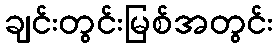
ချင်းတွင်းမြစ်အတွင်း